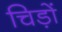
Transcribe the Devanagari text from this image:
चिड़ों